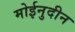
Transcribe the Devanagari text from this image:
मोईनुदीन